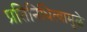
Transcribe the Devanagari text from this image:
प्रतिनिधित्वामुळे